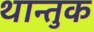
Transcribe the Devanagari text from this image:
थान्तुक